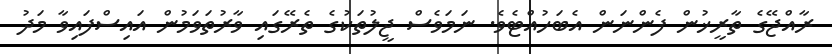
ރާއްޖޭގެ ތާރީޚުން ފެންނަން އެބަހުއްޓެވެ. ނަމަވެސް ޖީލުތަކުގެ ތެރޭގައި ވާރުތަވަމުން އައިސްފައިވާ މަދު